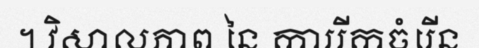
។ វិសាលភាព នៃ ការរីកចំរើន